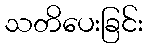
သတိပေးခြင်း